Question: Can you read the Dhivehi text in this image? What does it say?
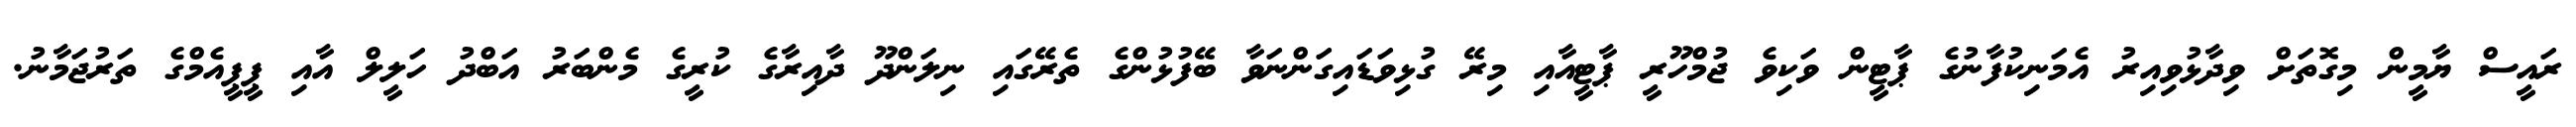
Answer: ރައީސް ޔާމީން މިގޮތަށް ވިދާޅުވިއިރު އެމަނިކުފާނުގެ ޕާޓީން ވަކިވެ ޖުމްހޫރީ ޕާޓީއާއި މިރޭ ގުޅިވަޑައިގަންނަވާ ބޭފުޅުންގެ ތެރޭގައި ނިލަންދޫ ދާއިރާގެ ކުރީގެ މެންބަރު އަބްދު ހަލީލް އާއި ޕީޕީއެމްގެ ތަރުޖަމާނު.